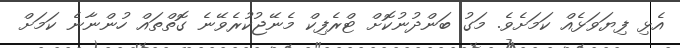
އެޅި ފިޔަވަޅެއް ކަމަށެވެ. މަގު ބަންދުނުކޮށް ޓްރެފިކް މެނޭޖުކުރެވޭނެ ގޮތްތައް ހުންނާނެ ކަމަށް